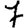
Digit: 7